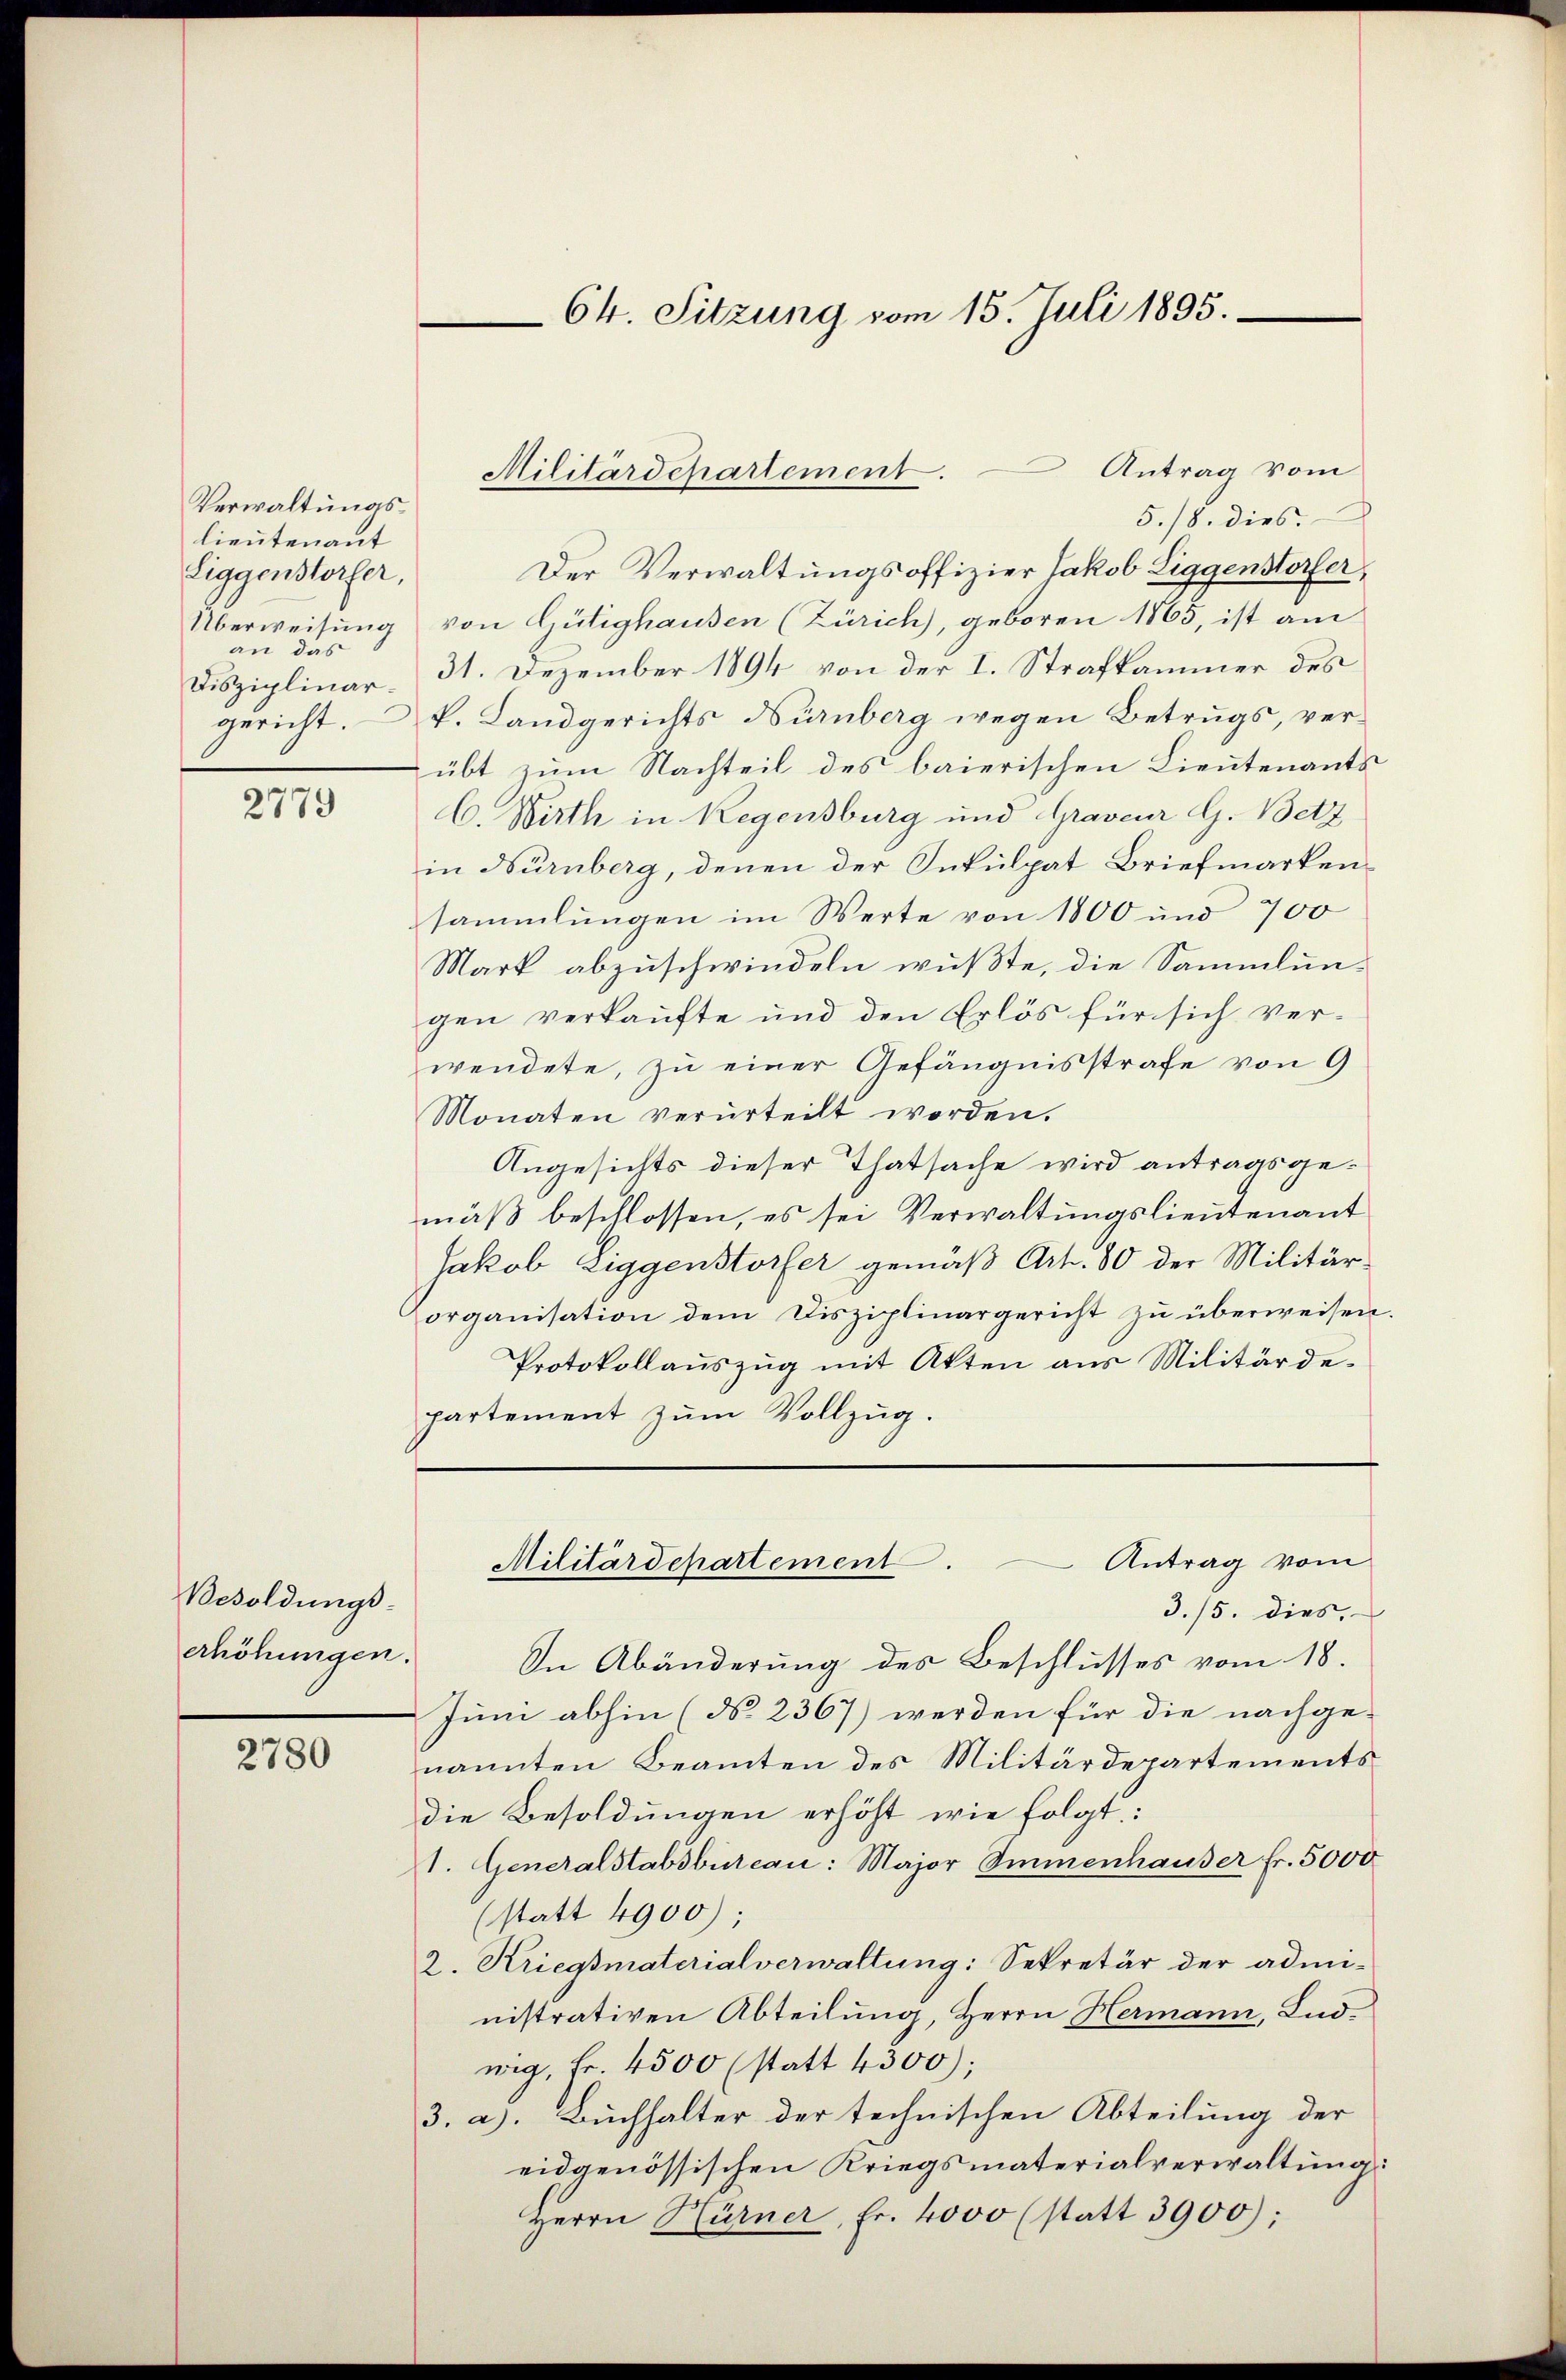
Verwaltungslieutenant
Liggenstorfer,
an das

2779

Besoldungs-
erhöhungen.

2780

Antrag vom
5./8. dies
Der Verwaltungsoffizier Jakob Liggenstorfer,
Überweisung von Gütighausen (Zürich), geboren 1865, ist am
Disziplinar - 31. Dezember 1894 von der I. Strafkammer des
gericht. V. Landgerichts Nürnberg wegen Betrugs, verübt zum Nachteil des baierischen Lieutenants
C. Wirth in Regensburg und Graveur G. Betz
in Nürnberg, denen der Inkulpat Briefmarkensammlungen im Werte von 1800 und 700
Mark abzuschwindeln wußte, die Sammlun-
gen verkaufte und den Erlös für sich verwendete, zu einer Gefängnisstrafe von 9
Monaten verurteilt worden.
Angesichts dieser Thatsache wird antragsgemäß beschlossen, es sei Verwaltungslieutenant
Jakob Liggenstorfer gemäß Art. 80 der Militärorganisation dem Disziplinargericht zu überweisen.
Protokollaŭszŭg mit Akten aus Militärde-
partement zum Vollzug.

64. Sitzung vom 15. Juli 1895.

Militärdepartement.

3./5. dies,
In Abänderung des Beschlusses vom 18.
Juni abhin (No. 2367) werden für die nachge-
nannten Beamten des Militärdepartements
die Besoldungen erhöht wie folgt:
1. Generalstabsbureau: Major Ammenhauser fr. 5000
(statt 4900);
2. Kriegsmaterialverwaltung: Sekretär der admi-
nistrativen Abteilung, Herrn Hermann, Ludwig, Fr. 4500 (statt 4300);
3. a. Buchhalter der technischen Abteilung der
eidgenössischen Kriegsmaterialverwaltung:
Herrn Hürner, Fr. 4000 (statt 3900);

Antrag vom
Militärdepartement.